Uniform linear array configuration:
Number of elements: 32
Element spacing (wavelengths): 0.5
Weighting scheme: cosine
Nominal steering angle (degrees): -30
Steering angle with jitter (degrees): -31.284
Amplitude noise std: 0.05
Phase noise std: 0.05

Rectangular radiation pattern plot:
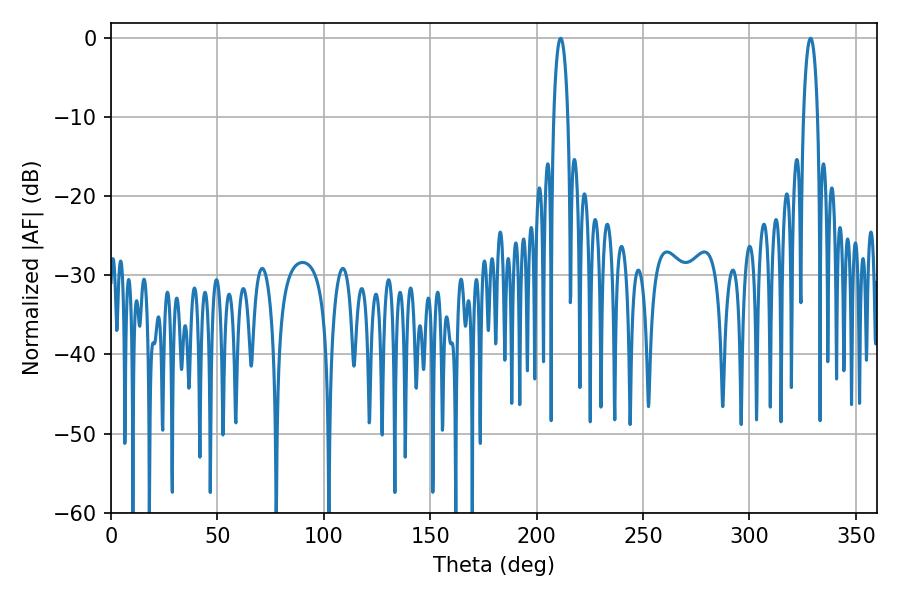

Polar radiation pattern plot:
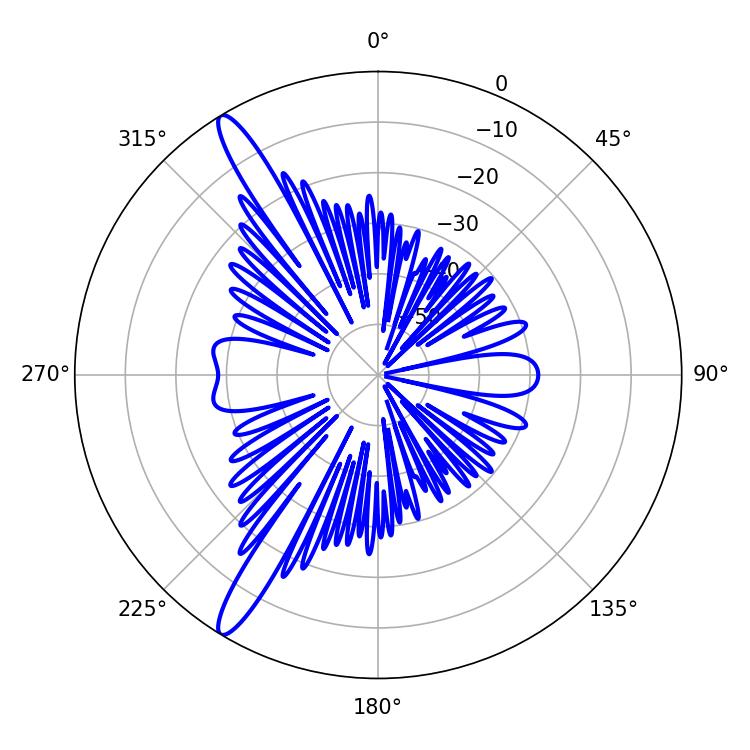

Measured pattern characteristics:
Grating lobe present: FALSE
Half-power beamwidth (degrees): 3.78
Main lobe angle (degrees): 211.32